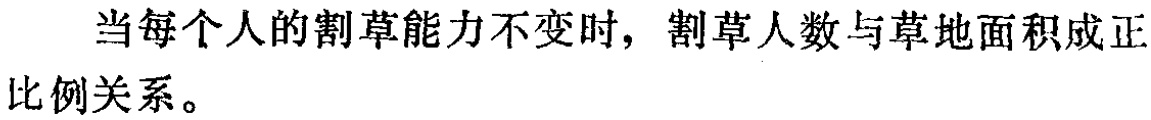
当每个人的割草能力不变时，割草人数与草地面积成正比例关系。